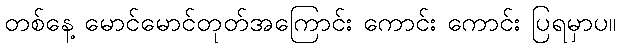
တစ်နေ့ မောင်မောင်တုတ်အကြောင်း ကောင်း ကောင်း ပြရမှာပ။